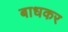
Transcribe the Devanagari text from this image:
बाधकर